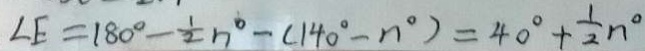
\angle E = 1 8 0 ^ { \circ } - \frac { 1 } { 2 } n ^ { \circ } - ( 1 4 0 ^ { \circ } - n ^ { \circ } ) = 4 0 ^ { \circ } + \frac { 1 } { 2 } n ^ { \circ }